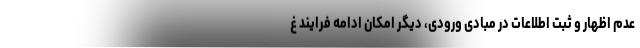
عدم اظهار و ثبت اطلاعات در مبادی ورودی، دیگر امکان ادامه فرایند غ